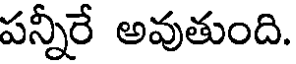
పన్నీరే అవుతుంది.